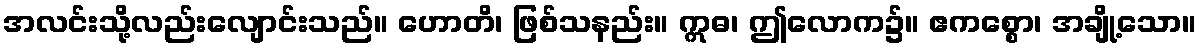
အလင်းသို့လည်းလျောင်းသည်။ ဟောတိ၊ ဖြစ်သနည်း။ ဣဓ၊ ဤလောက၌။ ဧကစ္စော၊ အချို့သော။